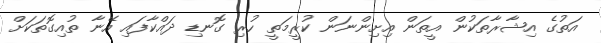
އަތުގެ އިޝާރާތަކުން އީތަން އިށިންނަން ކުރީމަތީ ހުރި ގޮނޑި ދައްކާފައި އޭނާ ތުއިގޮތަކަށް